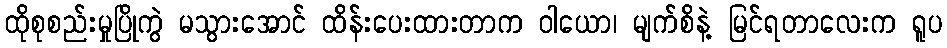
ထိုစုစည်းမှုပြိုကွဲ မသွားအောင် ထိန်းပေးထားတာက ဝါယော၊ မျက်စိနဲ့ မြင်ရတာလေးက ရူပ